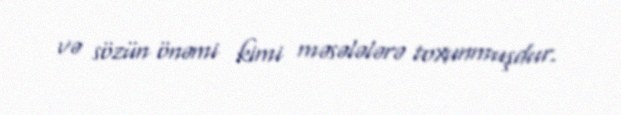
və sözün önəmi kimi məsələlərə toxunmuşdur.